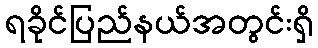
ရခိုင်ပြည်နယ်အတွင်းရှိ